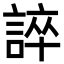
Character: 誶